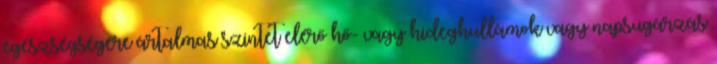
egészségségére ártalmas szintet elérő hő- vagy hideghullámok vagy napsugárzás